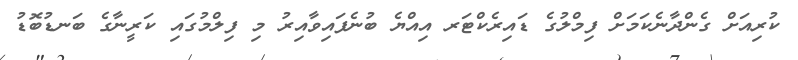
ކުރިއަށް ގެންދާނެކަމަށް ފިމްލުގެ ޑައިރެކްޓަރ އިއްޔެ ބުނެފައިވާއިރު މި ފިލްމުގައި ކަރީނާގެ ބަނޑުބޮޑު